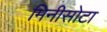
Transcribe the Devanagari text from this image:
मिनीसोटा